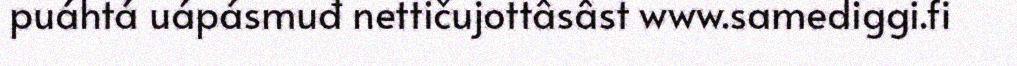
puáhtá uápásmuđ nettičujottâsâst www.samediggi.fi